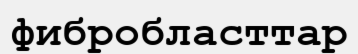
фибробласттар